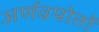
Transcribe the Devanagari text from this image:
अर्णवपोतों